Scientific memoirs by medical officers of the Army of India - Part XII,
Year: 1901
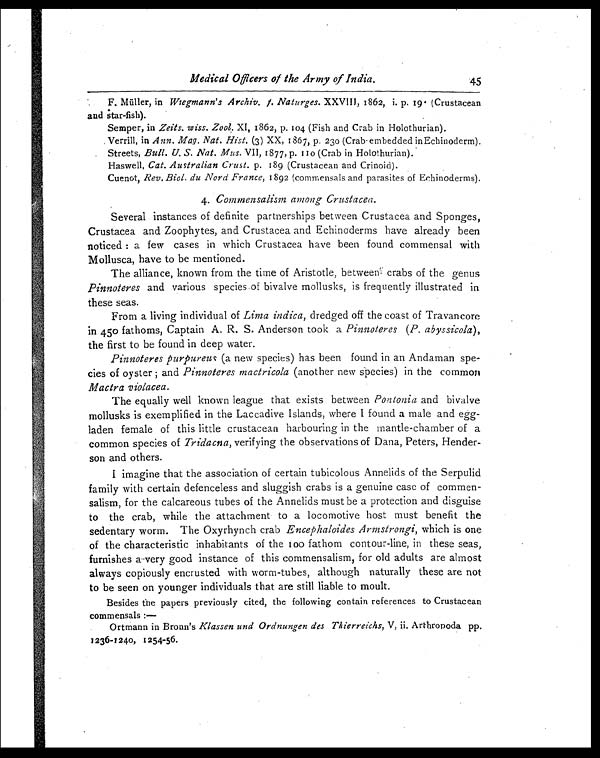
Medical Officers of the Army of India.
45
F. Müller, in Wiegmann's Archiv. f. Naturges. XXVIII, 1862, i. p. 19 (Crustacean
and star-fish).
Semper, in Zeits. wiss. Zool. XI, 1862, p. 104 (Fish and Crab in Holothurian).
Verrill, in Ann. Mag. Nat. Hist. (3) XX, 1867, p. 230 (Crab embedded in Echinoderm).
Streets, Bull. U. S. Nat. Mus. VII, 1877, p. 110 (Crab in Holothurian).
Haswell, Cat. Australian Crust. p. 189 (Crustacean and Crinoid).
Cuenot, Rev. Biol, du Nord France, 1892 (commensals and parasites of Echinoderms).
4. Commensalism among Crustacea.
Several instances of definite partnerships between Crustacea and Sponges,
Crustacea and Zoophytes, and Crustacea and Echinoderms have already been
noticed : a few cases in which Crustacea have been found commensal with
Mollusca, have to be mentioned.
The alliance, known from the time of Aristotle, between crabs of the genus
Pinnoteres and various species of bivalve mollusks, is frequently illustrated in
these seas.
From a living individual of Lima indica , dredged off the coast of Travancore,
in 450 fathoms, Captain A. R. S. Anderson took a Pinnoteres (P. abyssicola ),
the first to be found in deep water.
Pinnoteres purpureus (a new species) has been found in an Andaman spe-
cies of oyster ; and Pinnoteres mactricola (another new species) in the common
Mactra violacea.
The equally well known league that exists between Pontonia and bivalve
mollusks is exemplified in the Laccadive Islands, where I found a male and egg-
laden female of this little crustacean harbouring in the mantle-chamber of a
common species of Tridacna, verifying the observations of Dana, Peters, Hender-
son and others.
I imagine that the association of certain tubicolous Annelids of the Serpulid
family with certain defenceless and sluggish crabs is a genuine case of commen-
salism, for the calcareous tubes of the Annelids must be a protection and disguise
to the crab, while the attachment to a locomotive host must benefit the
sedentary worm. The Oxyrhynch crab Encephaloides Armstrongi, which is one
of the characteristic inhabitants of the 100 fathom contour-line, in these seas,
furnishes a very good instance of this commensalism, for old adults are almost
always copiously encrusted with worm-tubes, although naturally these are not
to be seen on younger individuals that are still liable to moult.
Besides the papers previously cited, the following contain references to Crustacean
commensals :—
Ortmann in Bronn's Klassen und Ordnungen des Thierreichs, V, ii. Arthropoda pp.
1236-1240, 1254-56.